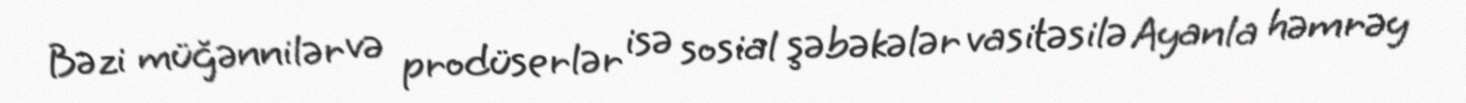
Bəzi müğənnilər və prodüserlər isə sosial şəbəkələr vasitəsilə Ayanla həmrəy